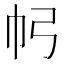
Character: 𢁠